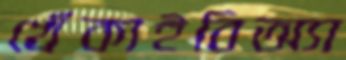
খেঁকাইবিঅ্যা